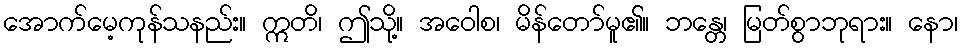
အောက်မေ့ကုန်သနည်း။ ဣတိ၊ ဤသို့။ အဝေါစ၊ မိန်တော်မူ၏။ ဘန္တေ၊ မြတ်စွာဘုရား။ နော၊